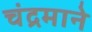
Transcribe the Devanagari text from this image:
चंद्रमाने